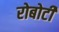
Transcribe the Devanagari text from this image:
रोबोटी